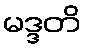
မဒ္ဒတိ